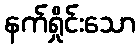
နက်ရှိုင်းသော